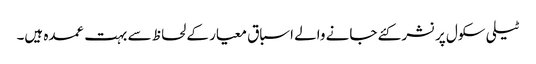
ٹیلی سکول پر نشر کئے جانے والے اسباق معیار کے لحاظ سے بہت عمدہ ہیں۔